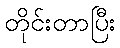
တိုင်းတာပြီး